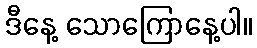
ဒီနေ့ သောကြောနေ့ပါ။